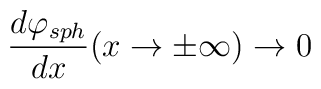
\frac{d\varphi_{sph}}{dx} (x\rightarrow \pm \infty)\rightarrow 0